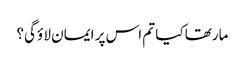
مارتھا کیا تم اس پر ایمان لا ؤگی؟